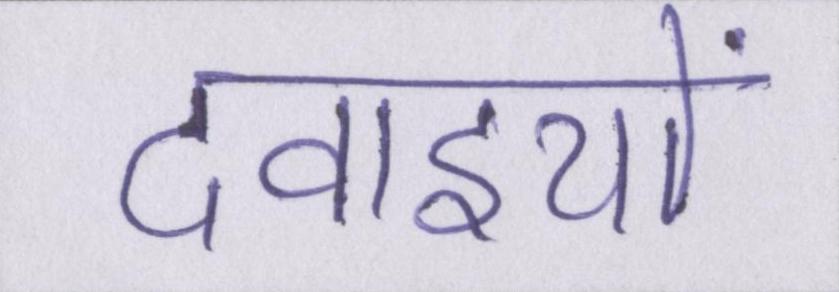
दवाइयों